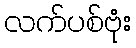
လက်ပစ်ဗုံး